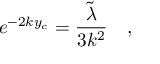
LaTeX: e ^ { - 2 k y _ { c } } = \frac { \widetilde { \lambda } } { 3 k ^ { 2 } } \quad ,